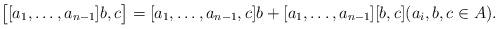
LaTeX: \begin{align*}\bigl[ [a_1, \dots , a_{n-1}] b, c \bigr] = [a_1, \dots , a_{n-1} , c] b + [a_1, \dots , a_{n-1}] [b, c] (a_i, b, c \in A).\end{align*}